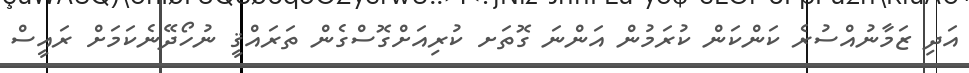
އަދި ޒަމާނުއްސުރެ ކަންކަން ކުރަމުން އަންނަ ގޮތަށ ކުރިއަށްގޮސްގެން ތަރައްޤީ ނުހޯދޭނެކަމަށް ރައީސް